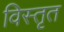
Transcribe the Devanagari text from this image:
विस्‍तृत